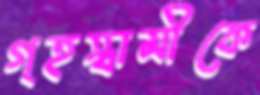
গৃহস্বামীকে